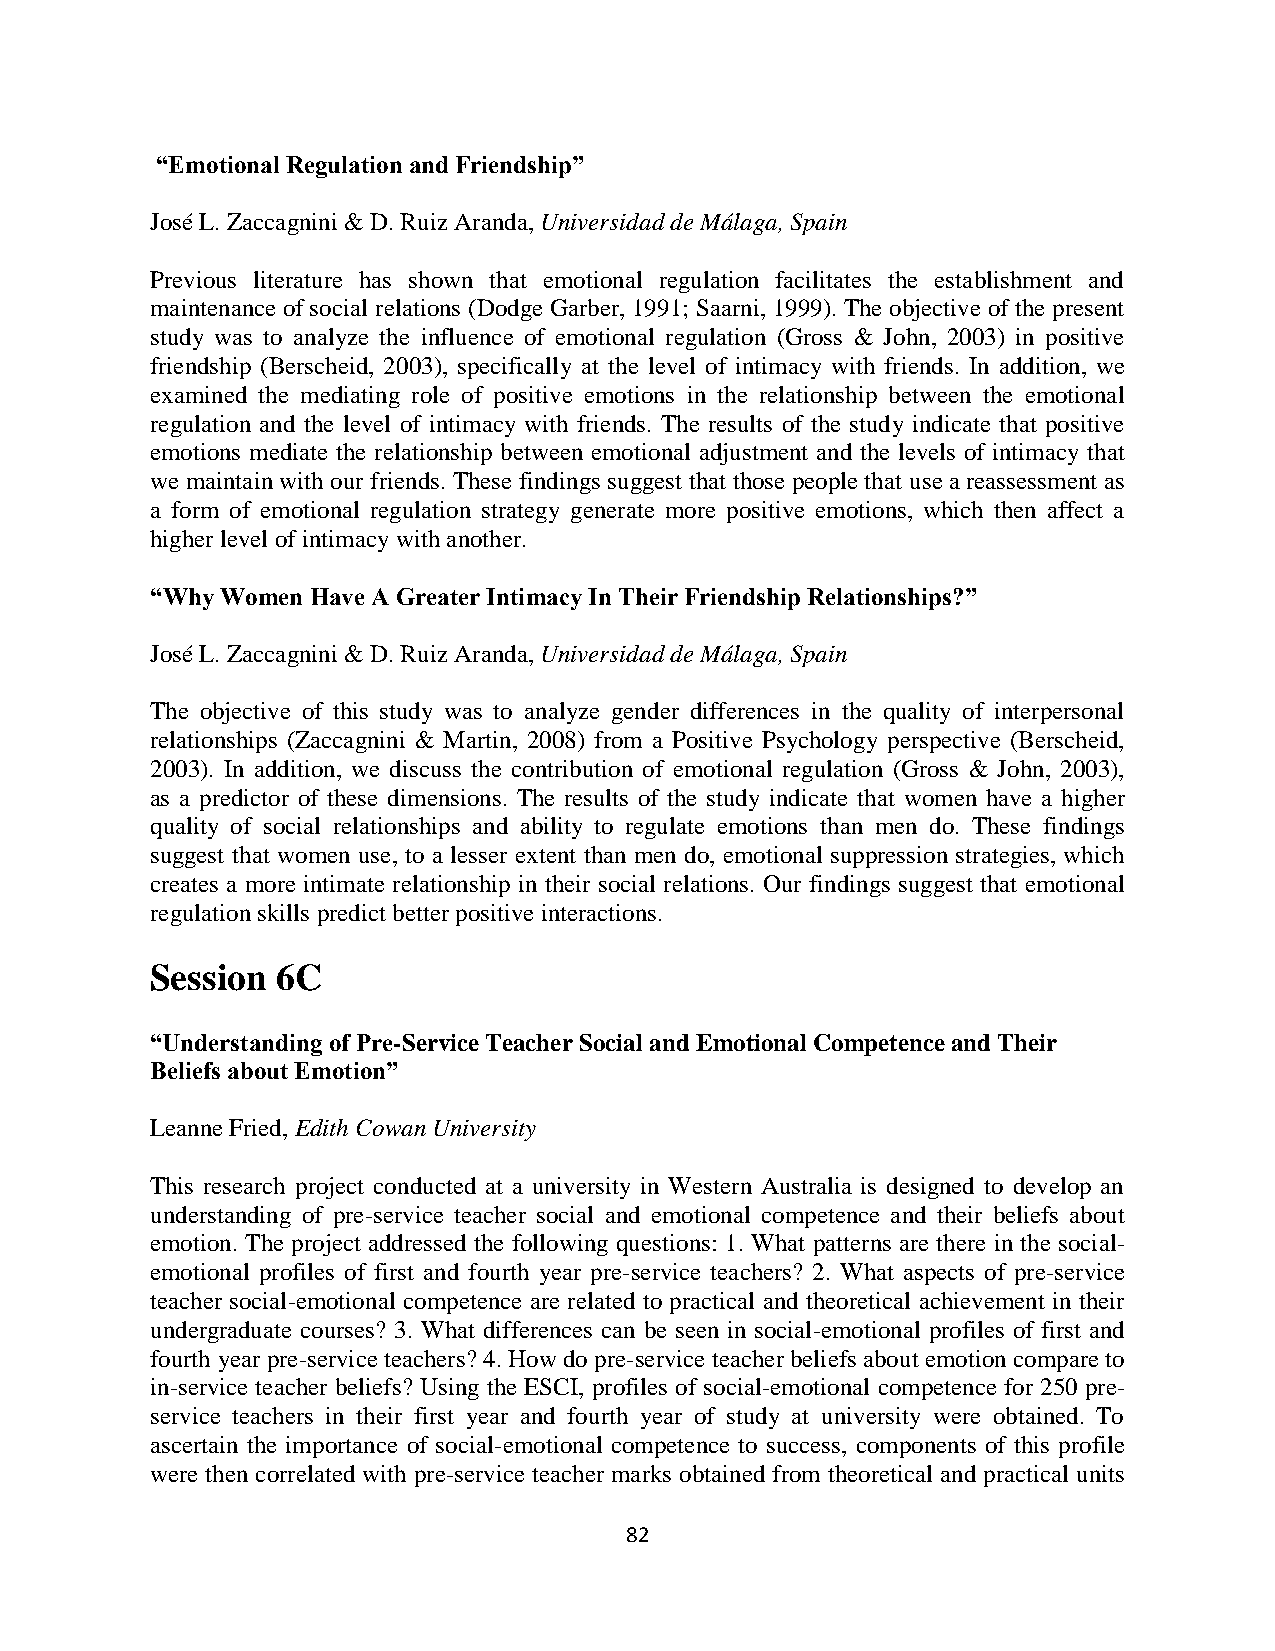
“Emotional Regulation and Friendship”
 José L. Zaccagnini & D. Ruiz Aranda, Universidad de Málaga, Spain
 Previous literature has shown that emotional regulation facilitates the establishment and
 maintenance of social relations (Dodge Garber, 1991; Saarni, 1999). The objective of the present
 study was to analyze the influence of emotional regulation (Gross & John, 2003) in positive
 friendship (Berscheid, 2003), specifically at the level of intimacy with friends. In addition, we
 examined the mediating role of positive emotions in the relationship between the emotional
 regulation and the level of intimacy with friends. The results of the study indicate that positive
 emotions mediate the relationship between emotional adjustment and the levels of intimacy that
 we maintain with our friends. These findings suggest that those people that use a reassessment as
 a form of emotional regulation strategy generate more positive emotions, which then affect a
 higher level of intimacy with another.
 “Why Women Have A Greater Intimacy In Their Friendship Relationships?”
 José L. Zaccagnini & D. Ruiz Aranda, Universidad de Málaga, Spain
 The objective of this study was to analyze gender differences in the quality of interpersonal
 relationships (Zaccagnini & Martin, 2008) from a Positive Psychology perspective (Berscheid,
 2003). In addition, we discuss the contribution of emotional regulation (Gross & John, 2003),
 as a predictor of these dimensions. The results of the study indicate that women have a higher
 quality of social relationships and ability to regulate emotions than men do. These findings
 suggest that women use, to a lesser extent than men do, emotional suppression strategies, which
 creates a more intimate relationship in their social relations. Our findings suggest that emotional
 regulation skills predict better positive interactions.
 Session 6C
 “Understanding of Pre-Service Teacher Social and Emotional Competence and Their
 Beliefs about Emotion”
 Leanne Fried, Edith Cowan University
 This research project conducted at a university in Western Australia is designed to develop an
 understanding of pre-service teacher social and emotional competence and their beliefs about
 emotion. The project addressed the following questions: 1. What patterns are there in the social-
 emotional profiles of first and fourth year pre-service teachers? 2. What aspects of pre-service
 teacher social-emotional competence are related to practical and theoretical achievement in their
 undergraduate courses? 3. What differences can be seen in social-emotional profiles of first and
 fourth year pre-service teachers? 4. How do pre-service teacher beliefs about emotion compare to
 in-service teacher beliefs? Using the ESCI, profiles of social-emotional competence for 250 pre-
 service teachers in their first year and fourth year of study at university were obtained. To
 ascertain the importance of social-emotional competence to success, components of this profile
 were then correlated with pre-service teacher marks obtained from theoretical and practical units
 82